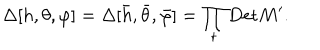
\Delta [ h , \theta , \varphi ] = \Delta [ \bar { h } , \bar { \theta } , \bar { \varphi } ] = \prod _ { t } \mathrm { D e t } M ^ { \prime } .